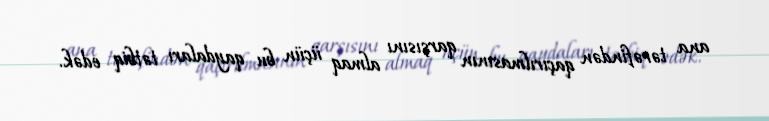
ana tərəfindən qaçırılmasının qarşısını almaq üçün bu qaydaları tətbiq edək.